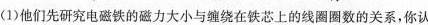
(1)他们先研究电磁铁的磁力大小与缠绕在铁芯上的线圈圈数的关系，你认